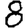
Digit: 8